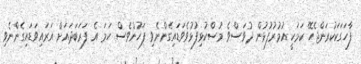
ފާހަގަކަކުރަންޖެހޭ ކަމަކީ އުމުރުފުޅުން ދުވަސްވެ މުސްކުޅިފުޅުވެވަޑައިގެންނެވި ފަހުންވެސް ހަމަ އެ ފަރަބަދައަށް އަރައިވަޑައިގެންނެވި